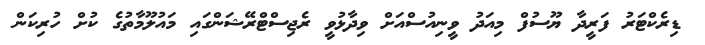
ޑިރެކްޓަރު ފަރީދާ ޔޫސުފް މިއަދު ވީނިއުސްއަށް ވިދާޅުވީ ރެޖިސްޓްރޭޝަންގައި މައުލޫމާތުގެ ކުށް ހުރިކަން